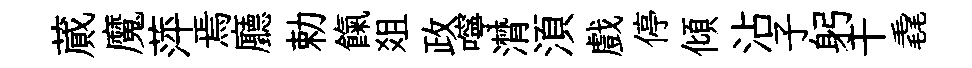
蕆魔萍焉廳勅餼爼政嚀潸湏戲停傾沾子躬干毳